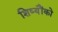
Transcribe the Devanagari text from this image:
शिष्यौंको